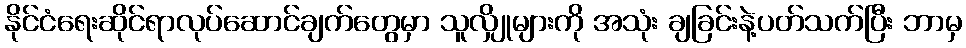
နိုင်ငံရေးဆိုင်ရာလုပ်ဆောင်ချက်တွေမှာ သူလျှိုများကို အသုံး ချခြင်းနဲ့ပတ်သက်ပြီး ဘာမှ